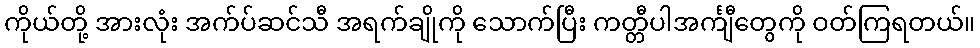
ကိုယ်တို့ အားလုံး အက်ပ်ဆင်သီ အရက်ချိုကို သောက်ပြီး ကတ္တီပါအင်္ကျီတွေကို ဝတ်ကြရတယ်။